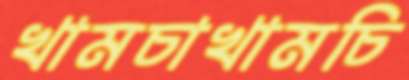
খামচাখামচি